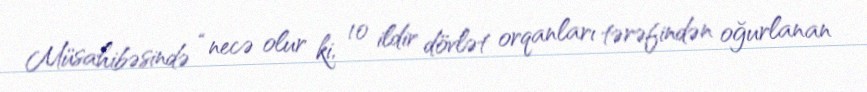
Müsahibəsində “necə olur ki, 10 ildir dövlət orqanları tərəfindən oğurlanan